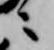
ニ